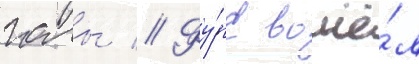
голы // Фу́рс вошё́л